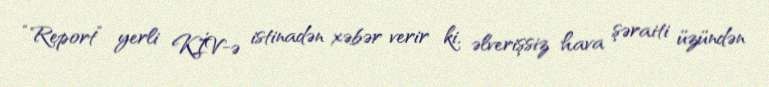
“Report” yerli KİV-ə istinadən xəbər verir ki, əlverişsiz hava şəraiti üzündən